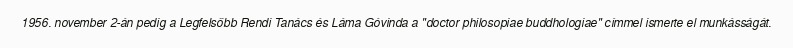
1956. november 2-án pedig a Legfelsőbb Rendi Tanács és Láma Góvinda a "doctor philosopiae buddhologiae" címmel ismerte el munkásságát.